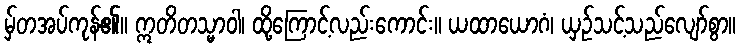
မှ်တအပ်ကုန်၏။ ဣတိတသ္မာဝါ၊ ထို့ကြောင့်လည်းကောင်း။ ယထာယောဂံ၊ ယှဉ်သင့်သည်လျော်စွာ။